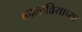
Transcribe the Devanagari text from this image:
कालाब्रियाच्या